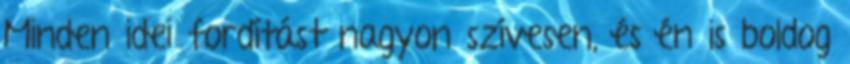
Minden idei fordítást nagyon szívesen, és én is boldog